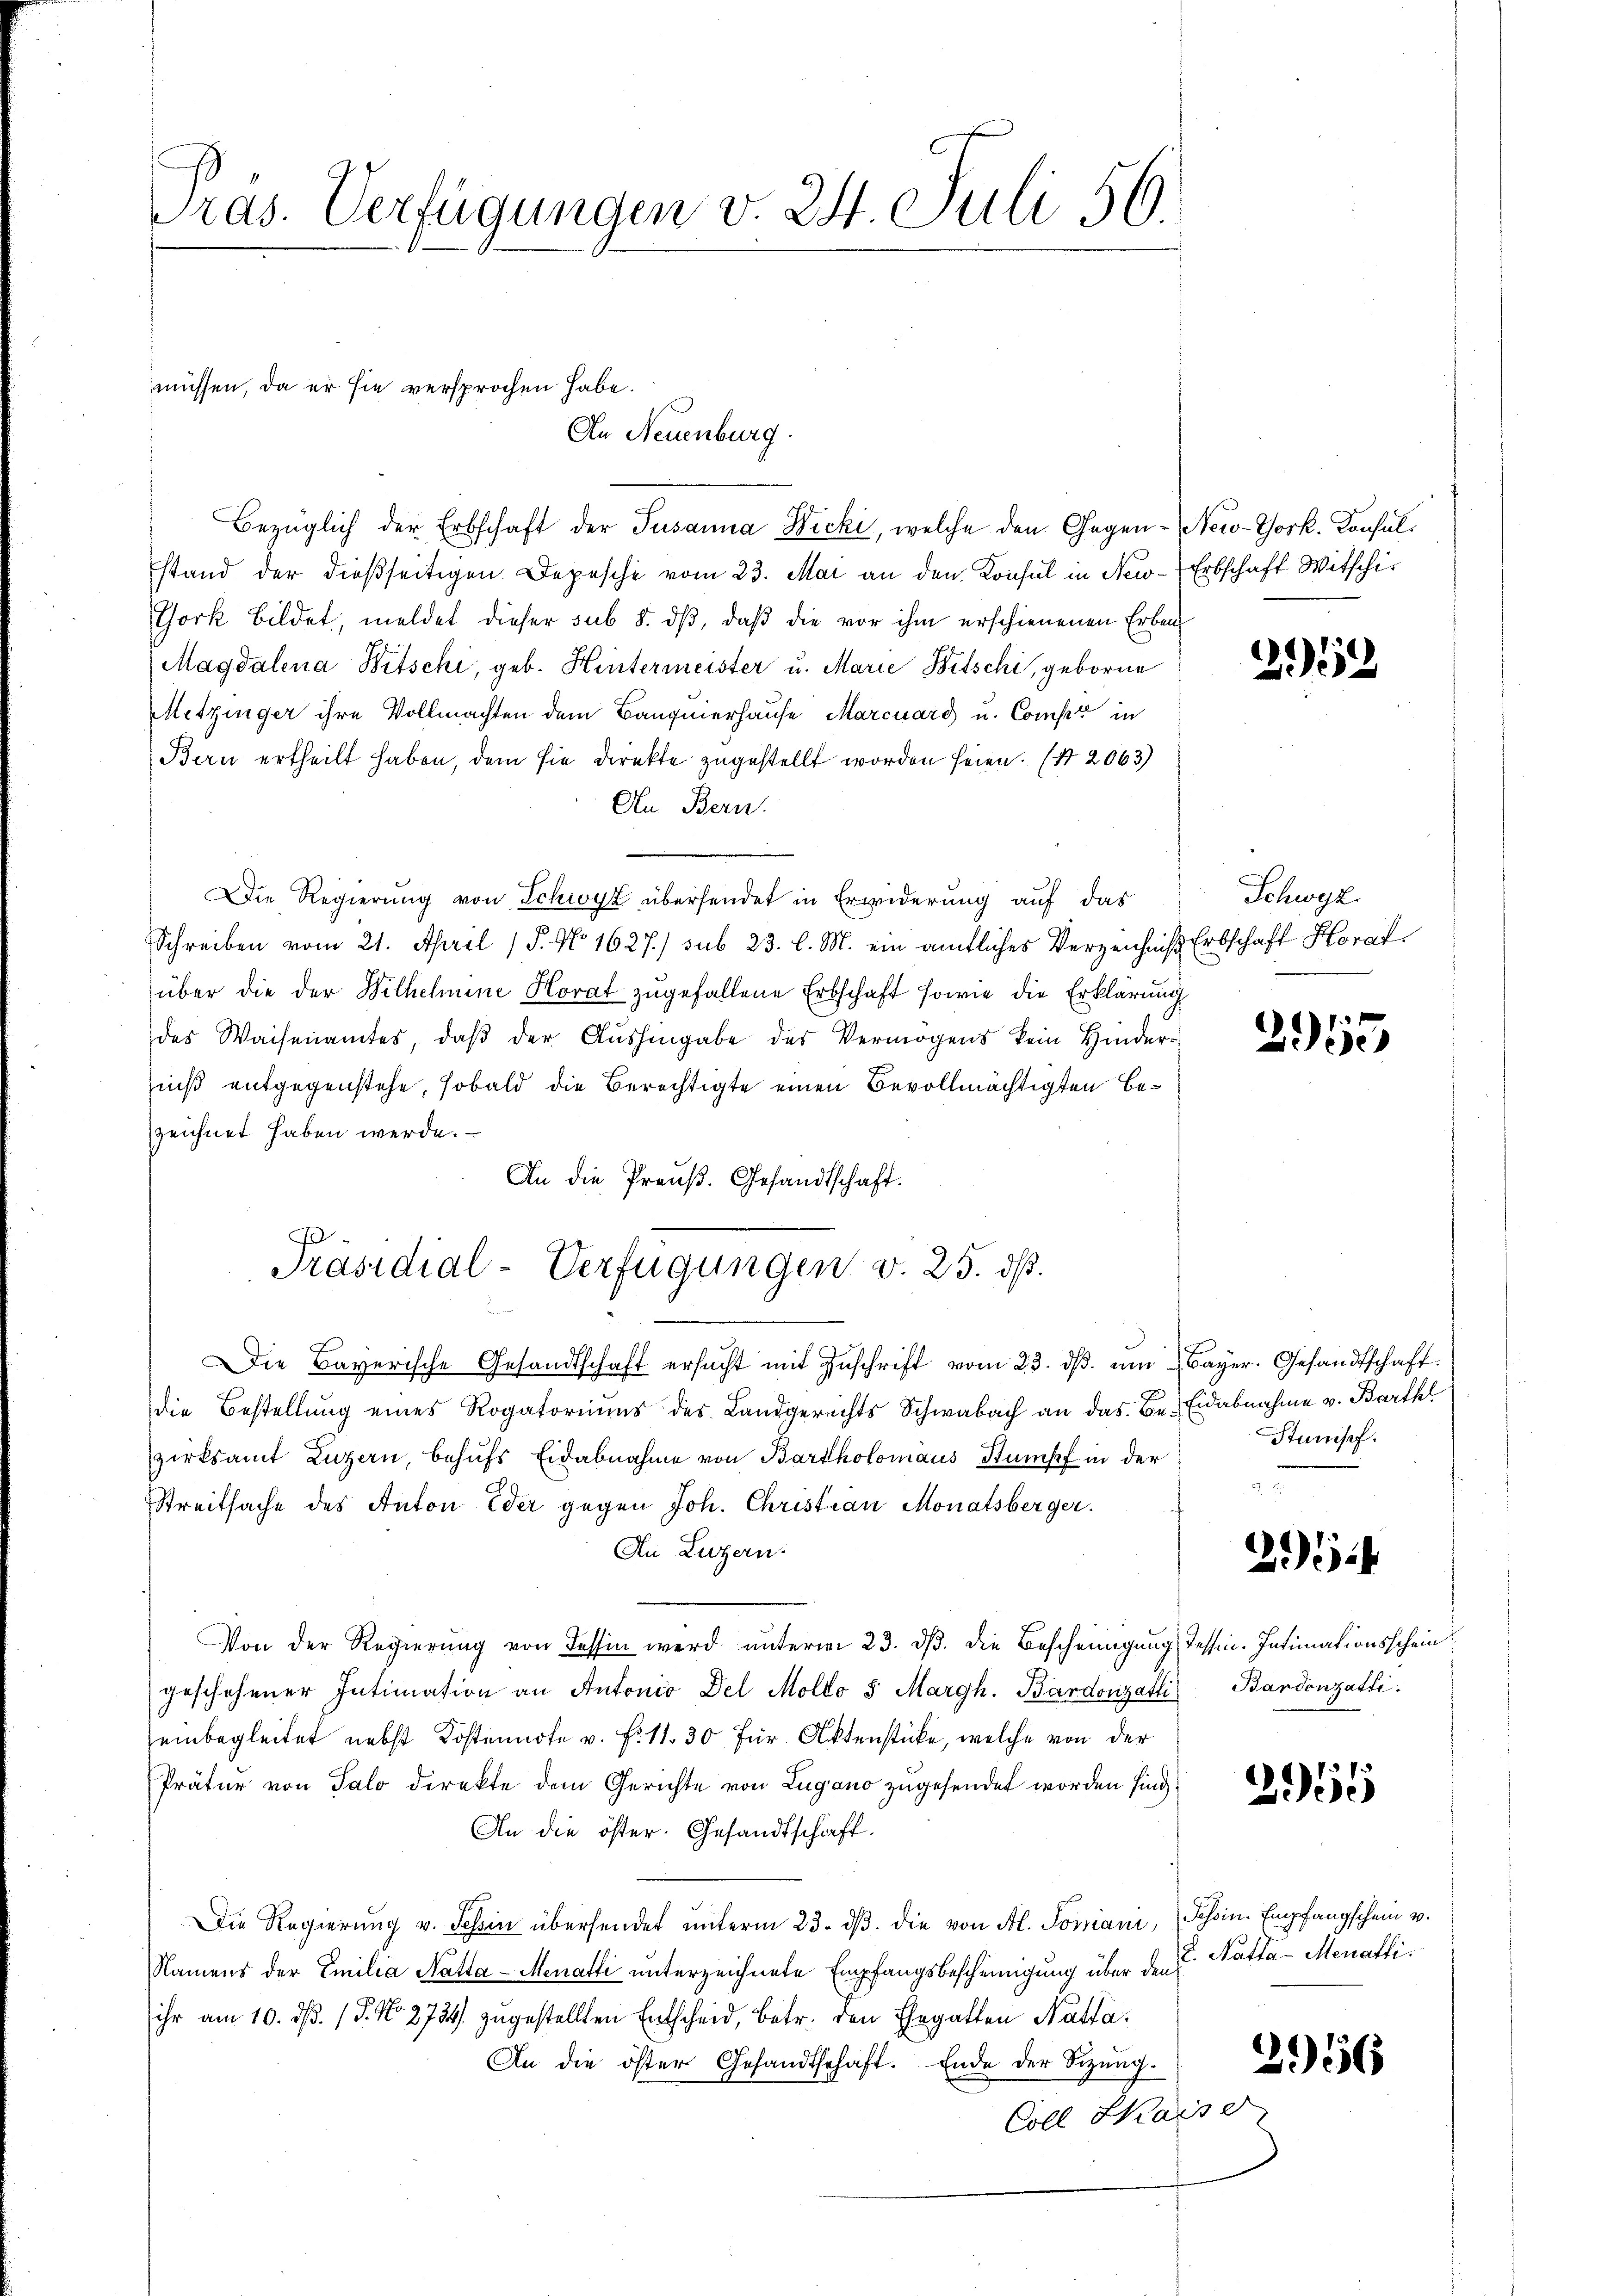
Tras. Verfügungen v. 24. Juli 56.

müssen, da er sie versprochen habe.
An Neuenburg.

Bezüglich der Erbschaft der Susanna Ficki, welche den Gegen- New-York. Konsulstand der dießseitigen. Depesche vom 23. Mai an den Konsul in New-Erbschaft Witschi¬
York bildet, meldet dieser sub 8. dβ, daß die vor ihm erschienenen Erben
Magdalena Witschi, geb. Hintermeister u. Marie Bitschi, geborne
Mitzinger ihre Vollmachten dem Baugmerhause Marcuard u. Comp. in
Bern ertheilt haben, dem sie direkte zugestellt worden seien. (S. 2063)
An Bern
Die Regierung von Schwyz übersendet in Erwiderung auf das
Schreiben vom 21. April 15. No 1627) sub 23. l. M. ein amtliches Verzeichnis Erbschaft Horat
über die der Wilhelmine Horat zugefallene Erbschaft sowie die Erklärung
des Waisenamtes, daß der Aushingabe des Vermögens kein Hinderniß entgegenstehe, sobald die Berechtigte einen Bevollmächtigten bezeichnet haben werde.
An die Preuß. Gesandtschaft.
Die Bayerische Gesandtschaft ersucht mit Zŭschrift vom 23. dβ. ŭm Bayer. Gesandtschaft
die Bestellung eines Rogatoriums des Landgerichts Schwabach an das Be-Eidabnahme v. Barthl
zirksamt Luzern, behufs Eidabnahme von Bartholomaus Stumpf in der
Streitsache des Anton Eder gegen Joh. Christian Monatsberger.
An Luzern.
Von der Regierŭng von Tessin wird unterm 23. ds. die Bescheinigung Tessin. Intimationsschein
geschehener Intimation an Antonio del Moldo 8 Margh. Bardonzatli, Bandenzatti
einbegleitet nebst Kostennote v. F. 11. 30 für Aktenstücke, welche von der
Präter von Salo direkte dem Gerichte von Lugano zugesendet worden sind
An die öster. Gesandtschaft.
Die Regierung v. Schin übersendet unterm 23. dβ. die von Al. Tomani, Schein. Empfangschein v.
Namens der Emilia Natta - Menatti unterzeichnete Empfangsbescheinigung über den
ihr am 10. ds. (T. No. 2734. zugestellten Entscheid, betr. den Ehegatten Natta.
An die öster Gesandtschaft. Ende der Sizung.
Coll Skaise

.
Präsidial-Verfügungen v. 25. ds.

2952

Schwyz.

2955

Stumpf.

25

2955

L. Natta-Menarti.

2956